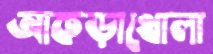
আকড়াখোলা